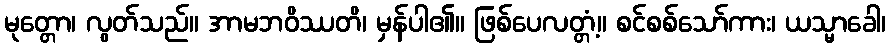
မုတ္တော၊ လွတ်သည်။ အာမဘဝိဿတိ၊ မှန်ပါ၏။ ဖြစ်ပေလတ္တံ့။ စင်စစ်သော်ကား၊ ယသ္မာခေါ၊